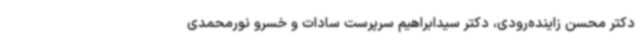
دکتر محسن زاینده‌رودی، دکتر سیدابراهیم سرپرست سادات و خسرو نورمحمدی